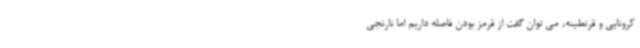
کرونایی و قرنطینه، می توان گفت از قرمز بودن فاصله داریم اما نارنجی